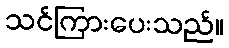
သင်ကြားပေးသည်။